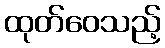
ထုတ်ဝေသည့်